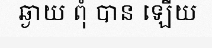
ឆ្ងាយ ពុំ បាន ឡើយ